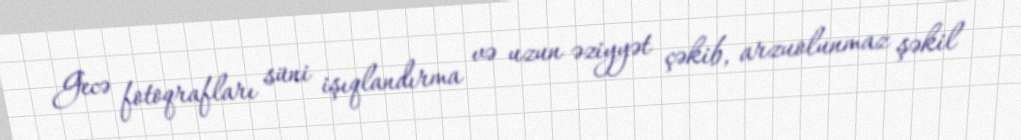
Gecə fotoqrafları süni işıqlandırma və uzun əziyyət çəkib, arzuolunmaz şəkil